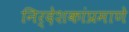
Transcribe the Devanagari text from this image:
निर्देशकांप्रमाणे